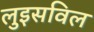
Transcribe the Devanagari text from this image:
लुइसविल